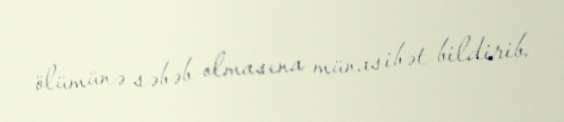
ölümünə səbəb olmasına münasibət bildirib.